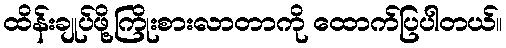
ထိန်းချုပ်ဖို့ကြိုးစားလာတာကို ထောက်ပြပါတယ်။